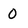
Character: O